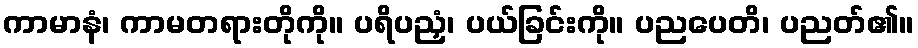
ကာမာနံ၊ ကာမတရားတိုကို။ ပရိပညှံ၊ ပယ်ခြင်းကို။ ပညပေတိ၊ ပညတ်၏။